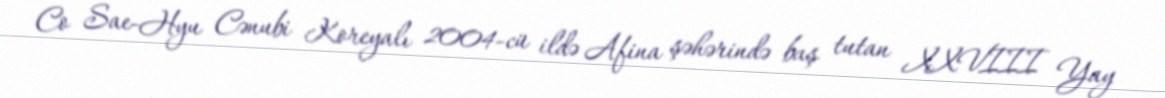
Co Sae-Hyu Cənubi Koreyalı 2004-cü ildə Afina şəhərində baş tutan XXVIII Yay